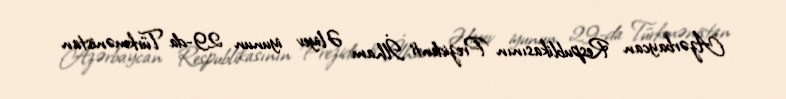
Azərbaycan Respublikasının Prezidenti İlham Əliyev iyunun 29-da Türkmənistan